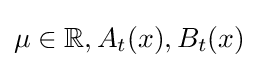
\mu \in \mathbb {R} ,A_{t}(x),B_{t}(x)